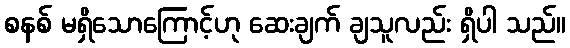
စနစ် မရှိသောကြောင့်ဟု ဆေးချက် ချသူလည်း ရှိပါ သည်။